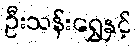
ဦးသန်းရွှေနှင့်